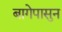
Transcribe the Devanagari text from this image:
बागेपासुन